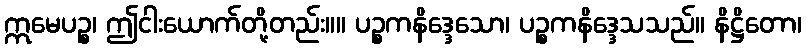
ဣမေပဉ္စ၊ ဤငါးယောက်တို့တည်း။။ ပဉ္စကနိဒ္ဒေသော၊ ပဉ္စကနိဒ္ဒေသသည်။ နိဋ္ဌိတော၊